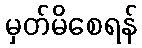
မှတ်မိစေရန်